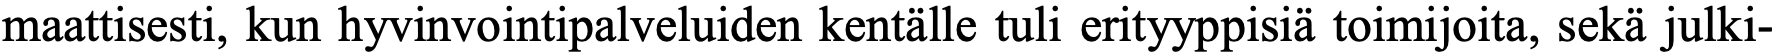
maattisesti, kun hyvinvointipalveluiden kentälle tuli erityyppisiä toimijoita, sekä julki-